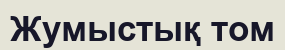
Жумыстық том